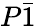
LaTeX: P\bar{1}